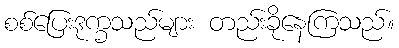
စစ်ပြေးဒုက္ခသည်များ တည်းခိုနေကြသည်။